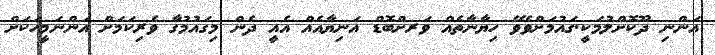
އަންނި ދޫކޮށްލުމަކީ.ގައުމަށްވެވޭ ހިޔާނާތެއް ވަރށްބޮޑް އަނިޔާއެއްް އެއީ ދެން މިގައުމުގާ ވެރިކަމަށް އަންނަމީހަކަށް